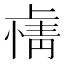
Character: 𫠽